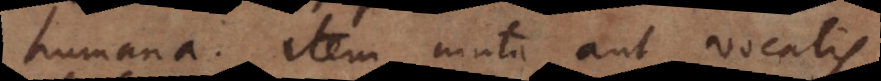
humana. Item muta aut vocalis.